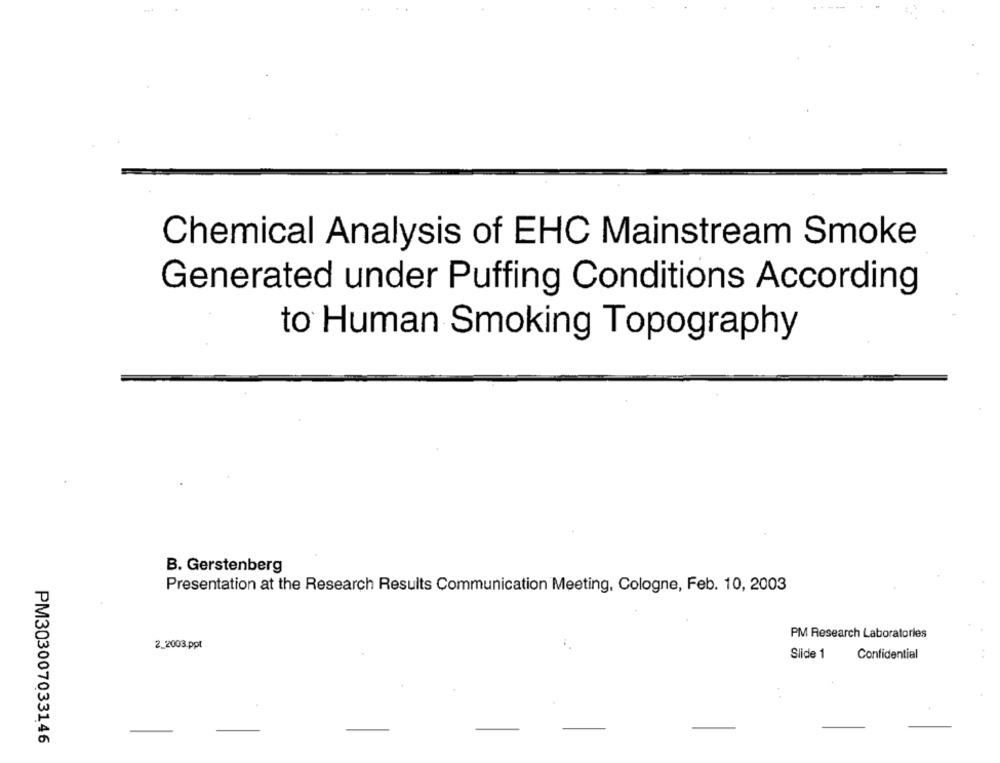
Chemical Analysis of EHC Mainstream Smoke
Generated under Puffing Conditions According
to Human Smoking Topography
B. Gerstenberg
Presentation at the Research Results Communication Meeting, Cologne, Feb. 10, 2003
PM Research Laboratories
2_2003.ppt
Slide 1
Confidential
PM303007033146